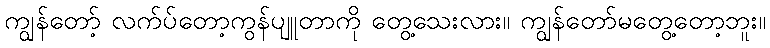
ကျွန်တော့် လက်ပ်တော့ကွန်ပျူတာကို တွေ့သေးလား။ ကျွန်တော်မတွေ့တော့ဘူး။